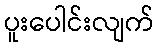
ပူးပေါင်းလျက်